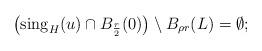
LaTeX: \begin{align*}\left( {\rm sing}_{H}(u) \cap B_{\frac{r}{2}}(0) \right) \setminus B_{\rho r}(L) = \emptyset;\end{align*}